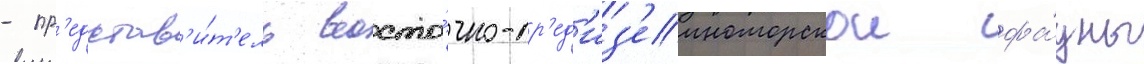
- пр'едстав'и́т'ель восто́чно-ср'ед'из'емноморскои фа́уны